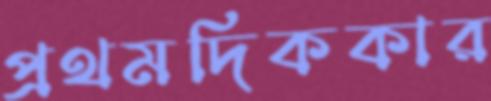
প্রথমদিককার